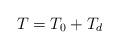
LaTeX: \begin{align*}T = T_0 + T_d\end{align*}